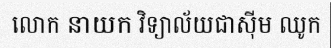
លោក នាយក វិទ្យាល័យជាស៊ីម ឈូក